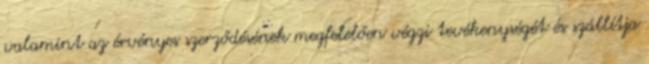
valamint az érvényes szerződésének megfelelően végzi tevékenységét és szállítja